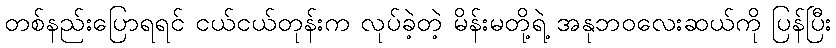
တစ်နည်းပြောရရင် ငယ်ငယ်တုန်းက လုပ်ခဲ့တဲ့ မိန်းမတို့ရဲ့ အနုဘဝလေးဆယ်ကို ပြန်ပြီး